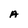
Character: A